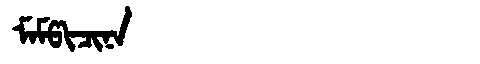
Manchu: ᠮᠠᠮᡦᡳᠴᡳᠨᠠ
Romanization: MAMPICINA